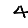
Digit: 4